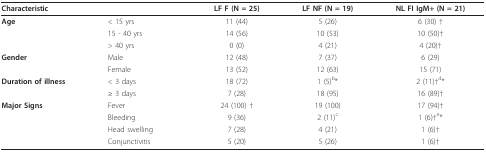
<table><thead><tr><td colspan="2"><b>Characteristic</b></td><td><b>LF F (N = 25)</b></td><td><b>LF NF (N = 19)</b></td><td><b>NL FI IgM+ (N = 21)</b></td></tr></thead><tbody><tr><td><b>Age</b></td><td>&lt; 15 yrs</td><td>11 (44)</td><td>5 (26)</td><td>6 (30) †</td></tr><tr><td></td><td>15 - 40 yrs</td><td>14 (56)</td><td>10 (53)</td><td>10 (50)†</td></tr><tr><td></td><td>&gt; 40 yrs</td><td>0 (0)</td><td>4 (21)</td><td>4 (20)†</td></tr><tr><td><b>Gender</b></td><td>Male</td><td>12 (48)</td><td>7 (37)</td><td>6 (29)</td></tr><tr><td></td><td>Female</td><td>13 (52)</td><td>12 (63)</td><td>15 (71)</td></tr><tr><td><b>Duration of illness</b></td><td>&lt; 3 days</td><td>18 (72)</td><td>1 (5)<sup>b</sup>*</td><td>2 (11)†<sup>d</sup>*</td></tr><tr><td></td><td>≥ 3 days</td><td>7 (28)</td><td>18 (95)</td><td>16 (89)†</td></tr><tr><td><b>Major Signs</b></td><td>Fever</td><td>24 (100) †</td><td>19 (100)</td><td>17 (94)†</td></tr><tr><td></td><td>Bleeding</td><td>9 (36)</td><td>2 (11)<sup>c</sup></td><td>1 (6)†<sup>e</sup>*</td></tr><tr><td></td><td>Head swelling</td><td>7 (28)</td><td>4 (21)</td><td>1 (6)†</td></tr><tr><td></td><td>Conjunctivitis</td><td>5 (20)</td><td>5 (26)</td><td>1 (6)†</td></tr></tbody></table>